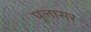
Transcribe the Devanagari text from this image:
पूलासर